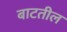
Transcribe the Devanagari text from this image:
बाटतील